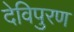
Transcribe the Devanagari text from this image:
देविपुरण